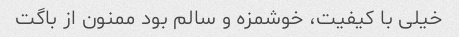
خیلی با کیفیت، خوشمزه و سالم بود ممنون از باگت